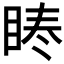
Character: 𭾳